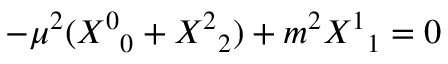
- \mu ^ { 2 } ( { { \cal X } ^ { 0 } } _ { 0 } + { { \cal X } ^ { 2 } } _ { 2 } ) + m ^ { 2 } { { \cal X } ^ { 1 } } _ { 1 } = 0